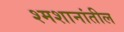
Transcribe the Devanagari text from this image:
श्मशानांतील